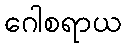
ဂေါစရာယ